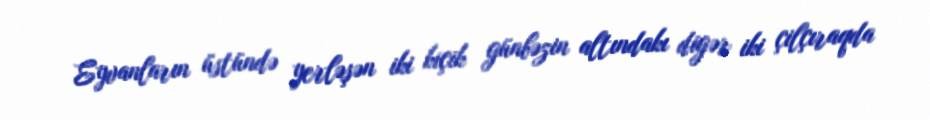
Eyvanların üstündə yerləşən iki kiçik günbəzin altındakı digər iki çilçıraqda